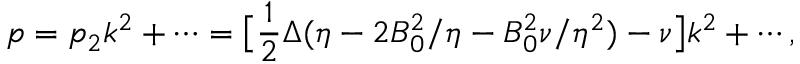
p = p _ { 2 } k ^ { 2 } + \cdots = \bigl [ \frac { 1 } { 2 } \Delta ( \eta - 2 B _ { 0 } ^ { 2 } / \eta - B _ { 0 } ^ { 2 } \nu / \eta ^ { 2 } ) - \nu \bigr ] k ^ { 2 } + \cdots ,